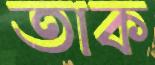
তাক